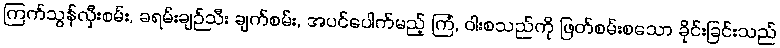
ကြက်သွန်လှီးစမ်း, ခရမ်းချဉ်သီး ချက်စမ်း, အပင်ပေါက်မည့် ကြံ, ဝါးစသည်ကို ဖြတ်စမ်းစသော ခိုင်းခြင်းသည်